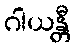
ဂါယန္တီ